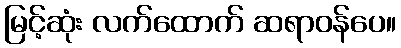
မြင့်ဆုံး လက်ထောက် ဆရာဝန်ပေ။